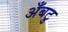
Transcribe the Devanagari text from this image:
अँबटु